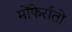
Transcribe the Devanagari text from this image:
मोंफेर्रातो